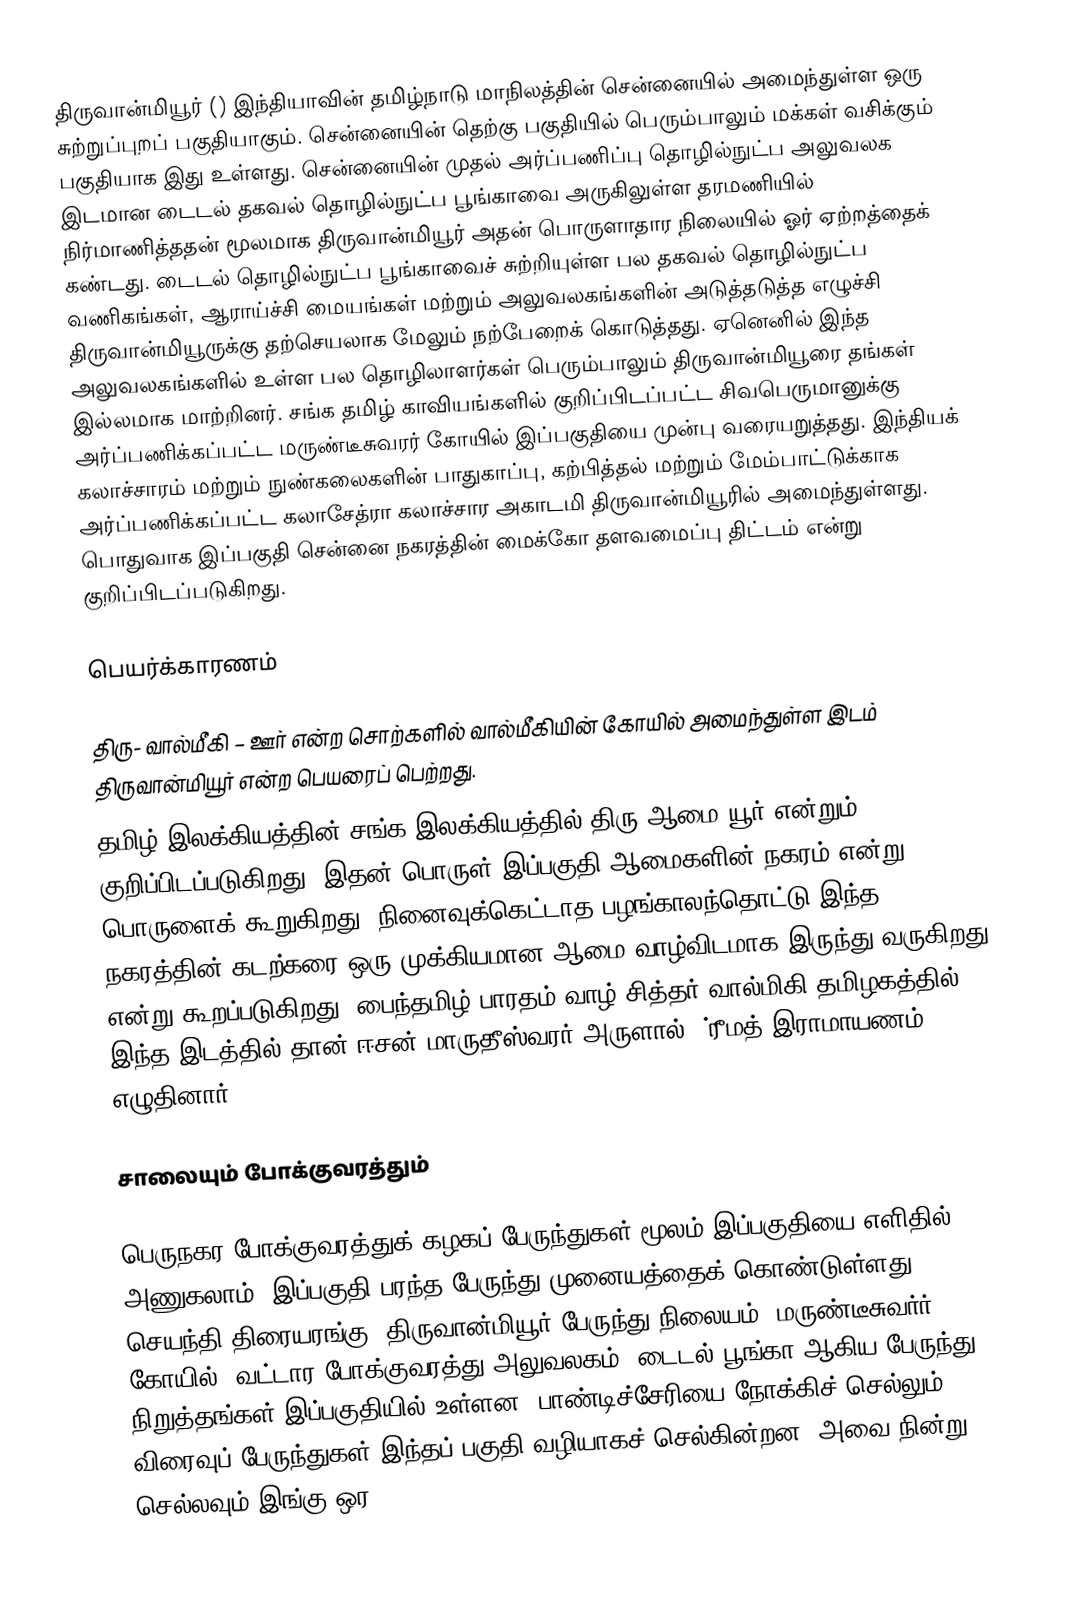
திருவான்மியூர் () இந்தியாவின் தமிழ்நாடு மாநிலத்தின் சென்னையில் அமைந்துள்ள ஒரு சுற்றுப்புறப் பகுதியாகும். சென்னையின்  தெற்கு பகுதியில் பெரும்பாலும் மக்கள் வசிக்கும் பகுதியாக இது உள்ளது. சென்னையின் முதல் அர்ப்பணிப்பு தொழில்நுட்ப அலுவலக இடமான டைடல் தகவல் தொழில்நுட்ப பூங்காவை அருகிலுள்ள தரமணியில் நிர்மாணித்ததன் மூலமாக திருவான்மியூர் அதன் பொருளாதார நிலையில் ஓர் ஏற்றத்தைக் கண்டது. டைடல் தொழில்நுட்ப பூங்காவைச் சுற்றியுள்ள பல தகவல் தொழில்நுட்ப வணிகங்கள், ஆராய்ச்சி மையங்கள் மற்றும் அலுவலகங்களின் அடுத்தடுத்த எழுச்சி திருவான்மியூருக்கு தற்செயலாக மேலும் நற்பேறைக் கொடுத்தது. ஏனெனில் இந்த அலுவலகங்களில் உள்ள பல தொழிலாளர்கள் பெரும்பாலும் திருவான்மியூரை தங்கள் இல்லமாக மாற்றினர். சங்க தமிழ் காவியங்களில் குறிப்பிடப்பட்ட சிவபெருமானுக்கு அர்ப்பணிக்கப்பட்ட மருண்டீசுவரர் கோயில் இப்பகுதியை முன்பு வரையறுத்தது. இந்தியக் கலாச்சாரம் மற்றும் நுண்கலைகளின் பாதுகாப்பு, கற்பித்தல் மற்றும் மேம்பாட்டுக்காக அர்ப்பணிக்கப்பட்ட கலாசேத்ரா கலாச்சார அகாடமி திருவான்மியூரில் அமைந்துள்ளது. பொதுவாக இப்பகுதி சென்னை நகரத்தின் மைக்கோ தளவமைப்பு திட்டம் என்று குறிப்பிடப்படுகிறது.

பெயர்க்காரணம்

திரு- வால்மீகி – ஊர் என்ற சொற்களில் வால்மீகியின் கோயில் அமைந்துள்ள இடம் திருவான்மியூர் என்ற பெயரைப் பெற்றது.
தமிழ் இலக்கியத்தின் சங்க இலக்கியத்தில் திரு-ஆமை-யூர் என்றும் குறிப்பிடப்படுகிறது. இதன் பொருள் இப்பகுதி ஆமைகளின் நகரம் என்று பொருளைக் கூறுகிறது. நினைவுக்கெட்டாத பழங்காலந்தொட்டு இந்த நகரத்தின் கடற்கரை ஒரு முக்கியமான ஆமை வாழ்விடமாக இருந்து வருகிறது என்று கூறப்படுகிறது. பைந்தமிழ் பாரதம் வாழ் சித்தர் வால்மிகி தமிழகத்தில் இந்த இடத்தில் தான் ஈசன் மாருதீஸ்வரர் அருளால் ஶ்ரீமத் இராமாயணம் எழுதினார்.

சாலையும் போக்குவரத்தும்

பெருநகர போக்குவரத்துக் கழகப் பேருந்துகள் மூலம் இப்பகுதியை எளிதில் அணுகலாம். இப்பகுதி பரந்த பேருந்து முனையத்தைக் கொண்டுள்ளது. செயந்தி திரையரங்கு, திருவான்மியூர் பேருந்து நிலையம், மருண்டீசுவர்ர் கோயில், வட்டார போக்குவரத்து அலுவலகம், டைடல் பூங்கா ஆகிய பேருந்து நிறுத்தங்கள் இப்பகுதியில் உள்ளன. பாண்டிச்சேரியை நோக்கிச் செல்லும் விரைவுப்  பேருந்துகள் இந்தப் பகுதி வழியாகச் செல்கின்றன. அவை நின்று செல்லவும் இங்கு ஒர